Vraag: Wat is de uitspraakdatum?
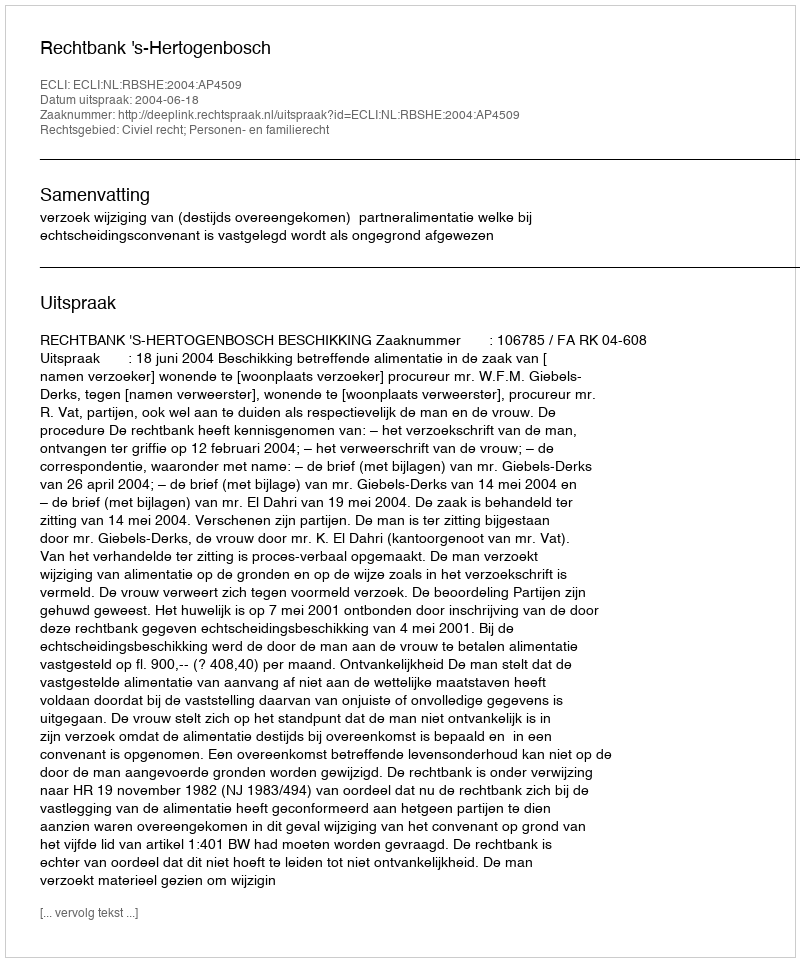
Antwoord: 2004-06-18